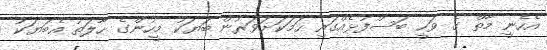
އެހެނީ މާތް ގެ ވަހީ ބަސްފުޅެއްގައި ހަމަކަށަވަރުން ބަޔަކު މީހުންގެ ހާލަތު އެބަޔަކު